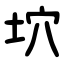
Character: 坹